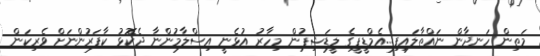
މަތިން ހަނދާން ނައްތާލައިފި...އެމްޑީޕީގެ ލީޑަޝިޕުން މިހާރު އުޅެނީ އިސްލާމުންނާ ދެކޮޅު ކާފަރުންނަށް ވެރިކަން